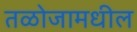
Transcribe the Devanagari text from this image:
तळोजामधील